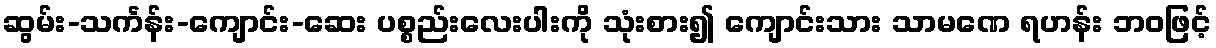
ဆွမ်း-သင်္ကန်း-ကျောင်း-ဆေး ပစ္စည်းလေးပါးကို သုံးစား၍ ကျောင်းသား သာမဏေ ရဟန်း ဘဝဖြင့်